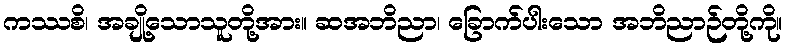
ကဿစိ၊ အချို့သောသူတို့အား။ ဆအဘိညာ၊ ခြောက်ပါးသော အဘိညာဉ်တို့ကို။